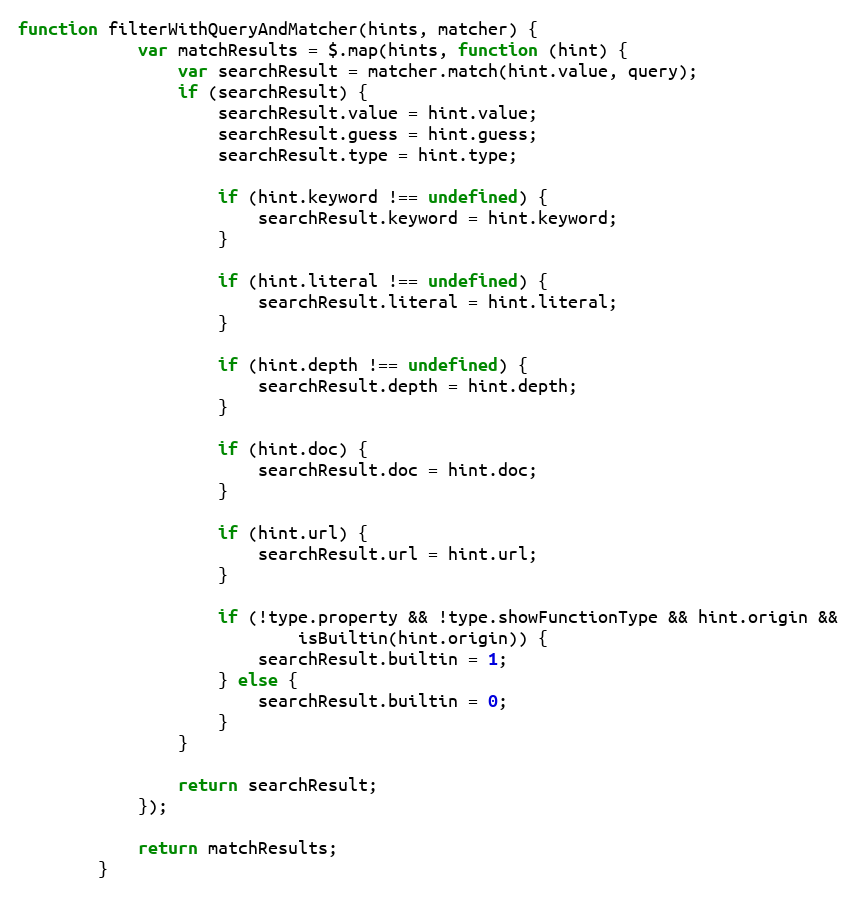
Language: JavaScript
function filterWithQueryAndMatcher(hints, matcher) {
            var matchResults = $.map(hints, function (hint) {
                var searchResult = matcher.match(hint.value, query);
                if (searchResult) {
                    searchResult.value = hint.value;
                    searchResult.guess = hint.guess;
                    searchResult.type = hint.type;

                    if (hint.keyword !== undefined) {
                        searchResult.keyword = hint.keyword;
                    }

                    if (hint.literal !== undefined) {
                        searchResult.literal = hint.literal;
                    }

                    if (hint.depth !== undefined) {
                        searchResult.depth = hint.depth;
                    }

                    if (hint.doc) {
                        searchResult.doc = hint.doc;
                    }

                    if (hint.url) {
                        searchResult.url = hint.url;
                    }

                    if (!type.property && !type.showFunctionType && hint.origin &&
                            isBuiltin(hint.origin)) {
                        searchResult.builtin = 1;
                    } else {
                        searchResult.builtin = 0;
                    }
                }

                return searchResult;
            });

            return matchResults;
        }